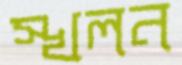
স্খলন